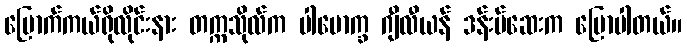
မြောက်ကယ်ရိုလိုင်းနား တက္ကသိုလ်က ပါမောက္ခ ဂျီလီယန် ဒန်းမ်ဆေးက ပြောပါတယ်။